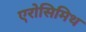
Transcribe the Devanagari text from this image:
एरोसिमिथ